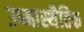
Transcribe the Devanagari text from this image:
उष्मास्थैतिक